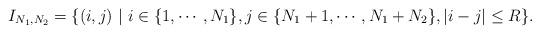
LaTeX: \begin{align*} I_{N_1,N_2} = \{ (i, j) \ | \ i \in \{1, \cdots, N_1\}, j \in \{N_1+1, \cdots, N_1+N_2 \}, |i-j| \leq R \}.\end{align*}